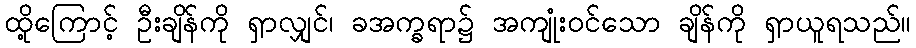
ထို့ကြောင့် ဦးချိန်ကို ရှာလျှင်၊ ခအက္ခရာ၌ အကျုံးဝင်သော ချိန်ကို ရှာယူရသည်။